65_HS1-834228961_62-HQ-83894_Section_2
Agency: FBI
Page 174
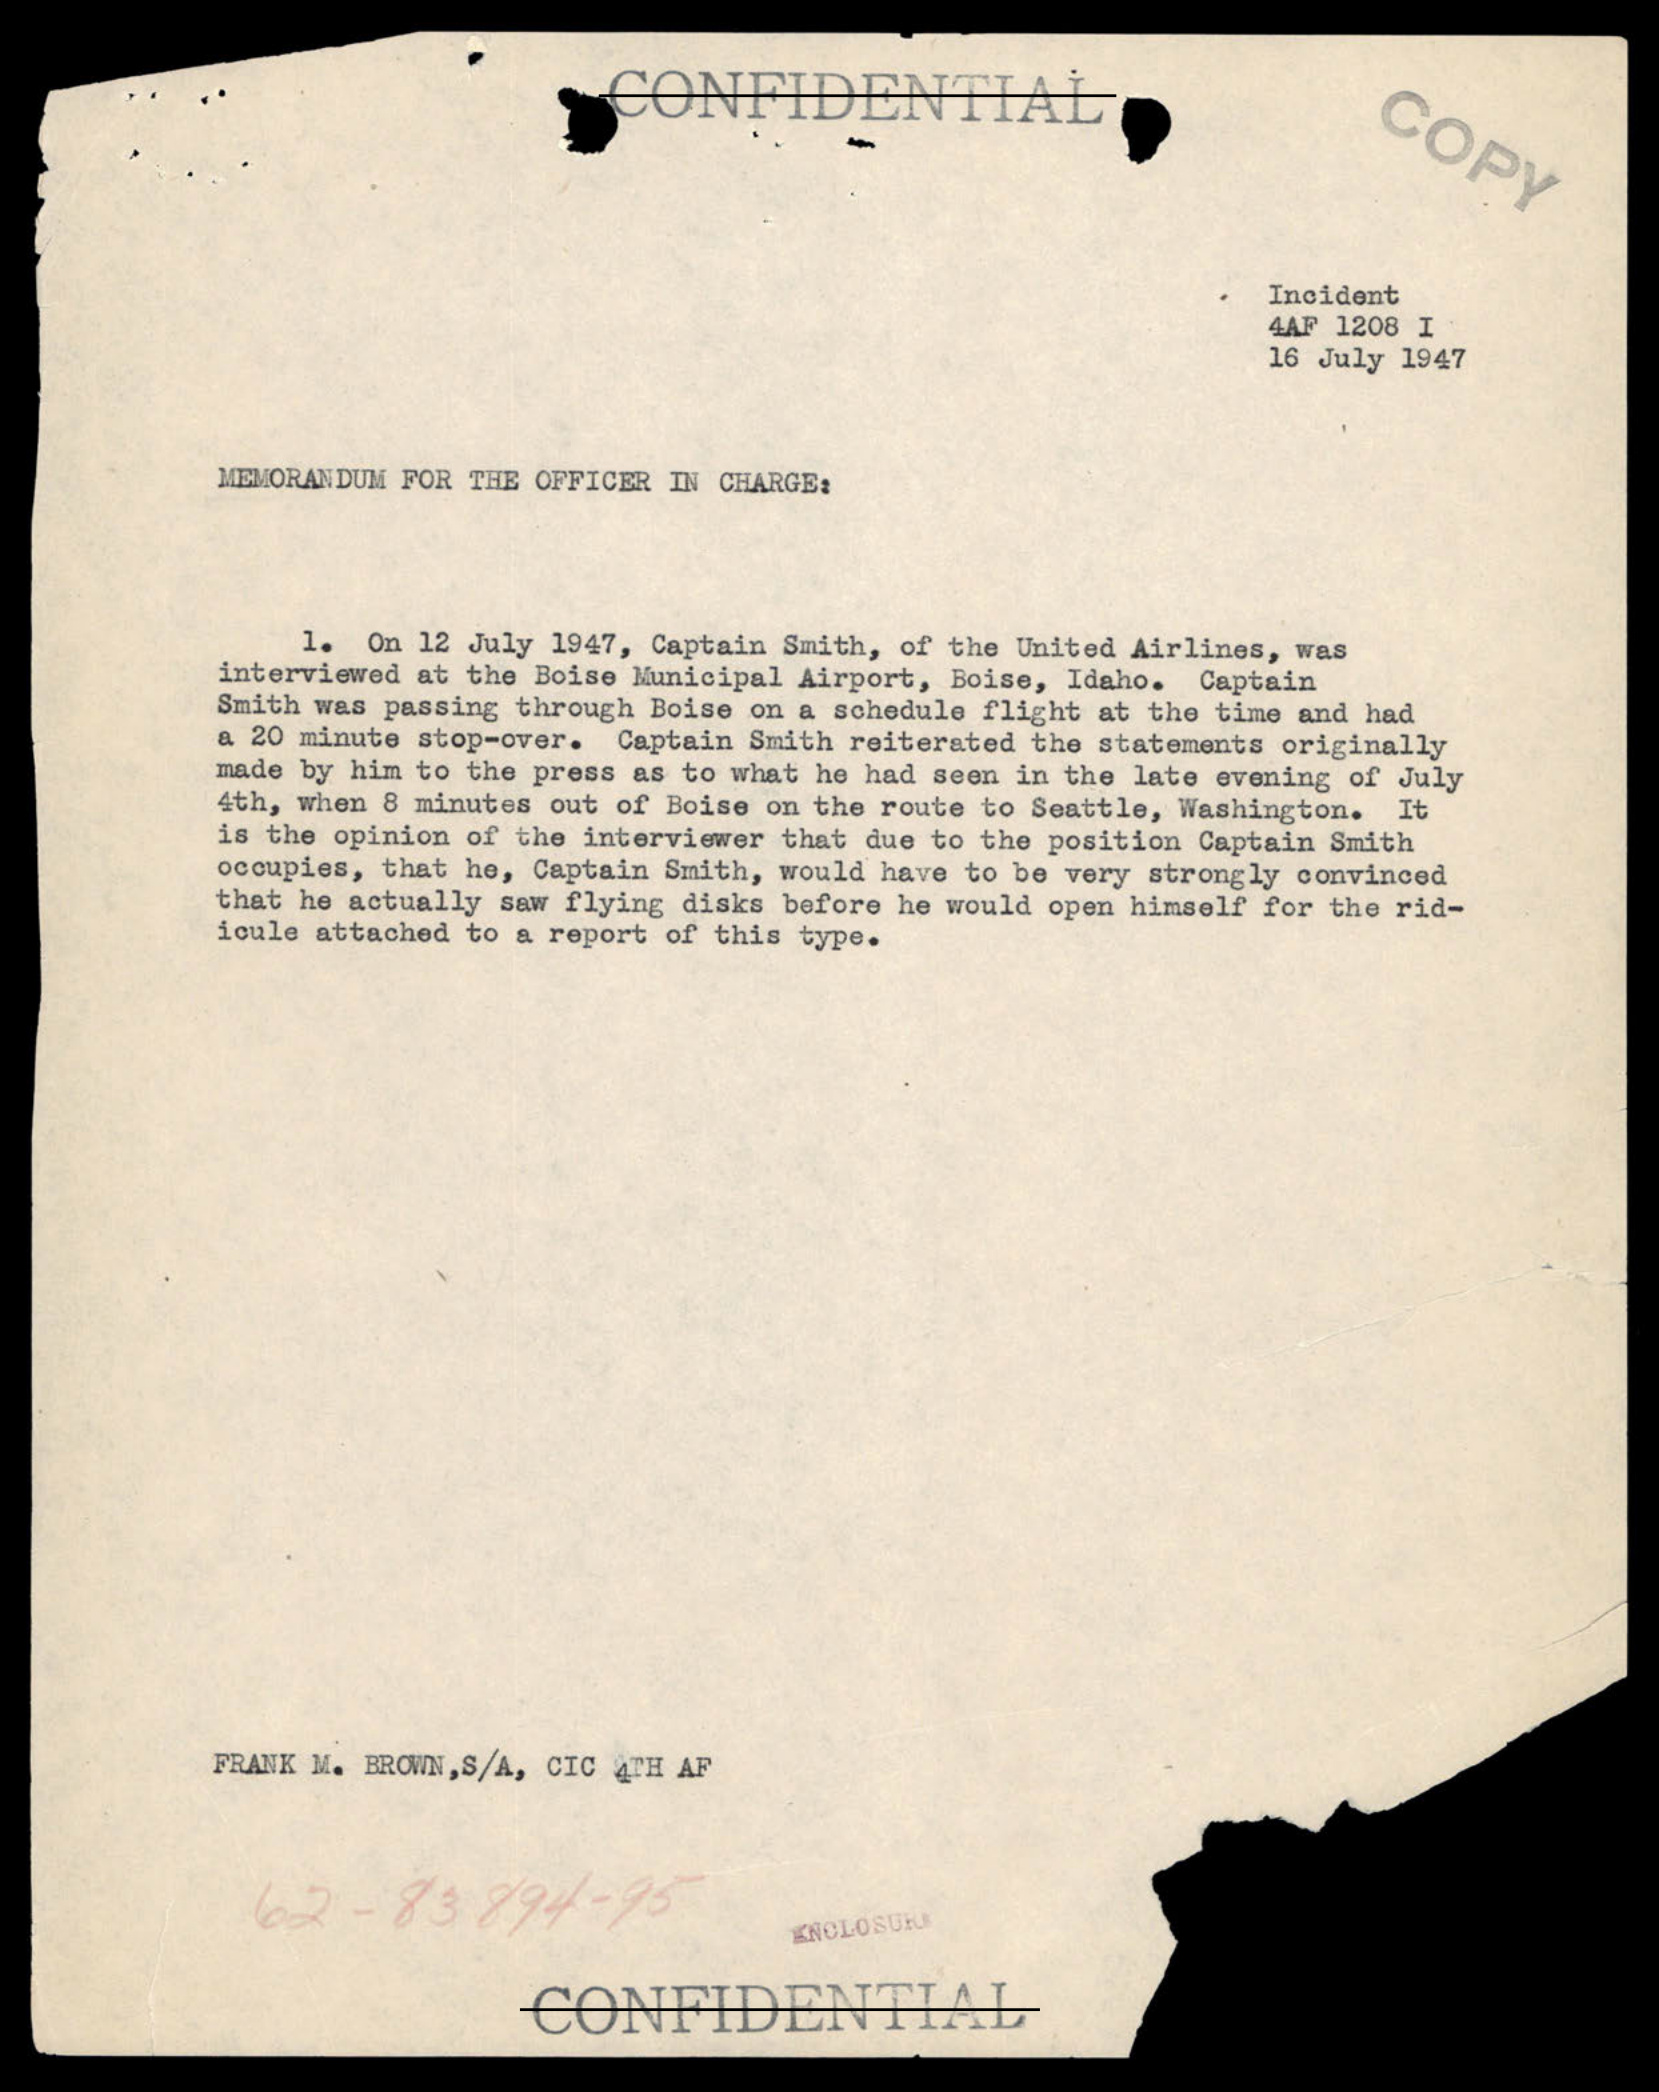